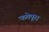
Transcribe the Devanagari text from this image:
फतेपूरा